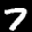
Label: 7